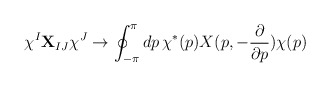
\begin{align*}\chi^I {\bf X}_{IJ} \chi^J \rightarrow \oint_{-\pi}^{\pi} dp \,\chi^*(p) X (p, -\frac{\partial}{\partial p}) \chi (p)\end{align*}